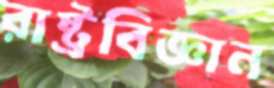
রাষ্ট্রবিজ্ঞান